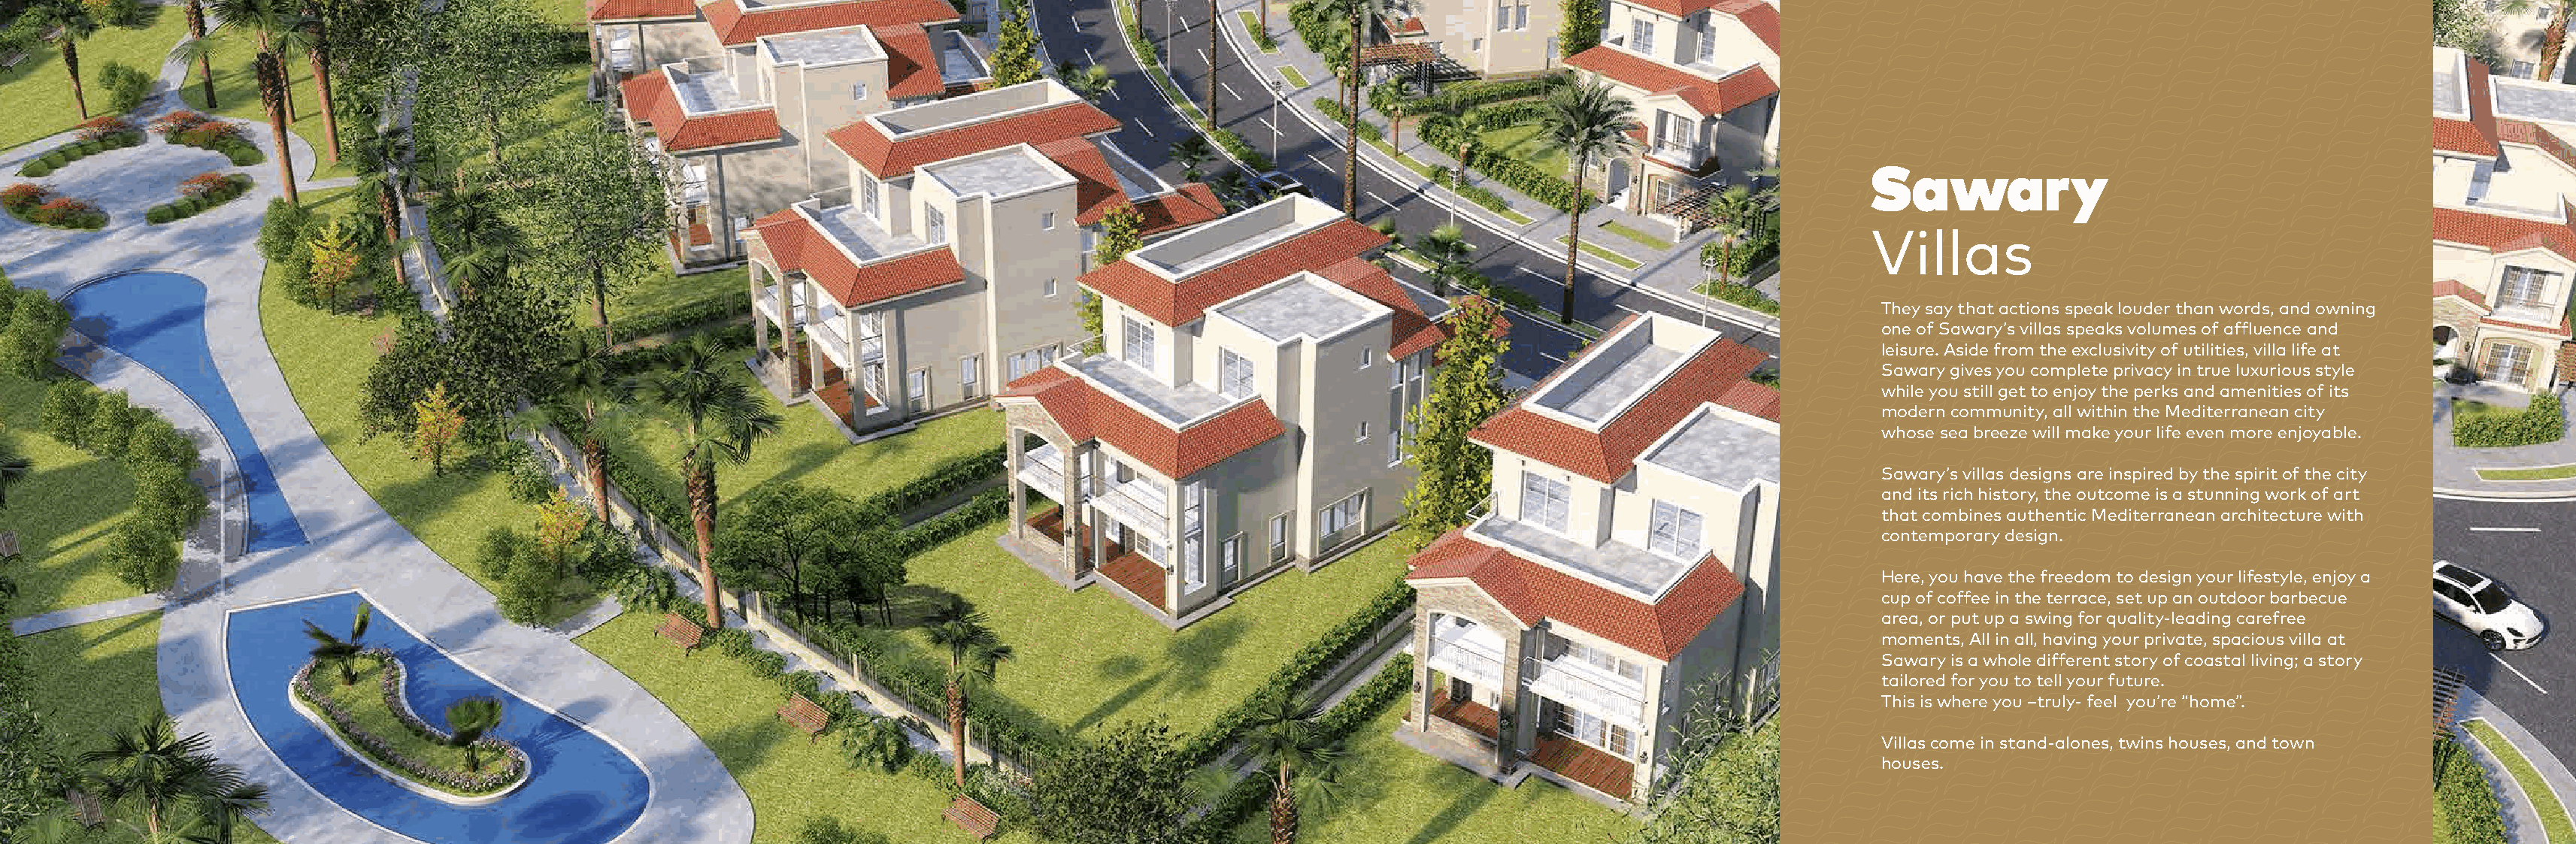
Sawary
 Villas
 They say that actions speak louder than words, and owning
 one of Sawary’s villas speaks volumes of affluence and
 leisure. Aside from the exclusivity of utilities, villa life at
 Sawary gives you complete privacy in true luxurious style
 while you still get to enjoy the perks and amenities of its
 modern community, all within the Mediterranean city
 whose sea breeze will make your life even more enjoyable.
 Sawary’s villas designs are inspired by the spirit of the city
 and its rich history, the outcome is a stunning work of art
 that combines authentic Mediterranean architecture with
 contemporary design.
 Here, you have the freedom to design your lifestyle, enjoy a
 cup of coffee in the terrace, set up an outdoor barbecue
 area, or put up a swing for quality-leading carefree
 moments, All in all, having your private, spacious villa at
 Sawary is a whole different story of coastal living; a story
 tailored for you to tell your future.
 This is where you –truly- feel you’re “home”.
 Villas come in stand-alones, twins houses, and town
 houses.